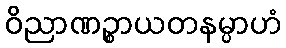
ဝိညာဏဉ္စာယတနမ္ပာဟံ